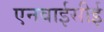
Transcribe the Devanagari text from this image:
एनवाईसीई